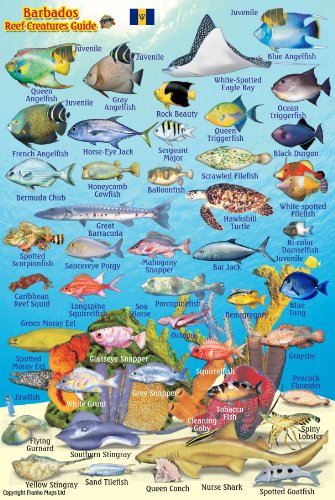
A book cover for Barbados Reef Creatures Guide Franko Maps Laminated Fish Card 4" x 6"; Franko Maps Ltd.; Travel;